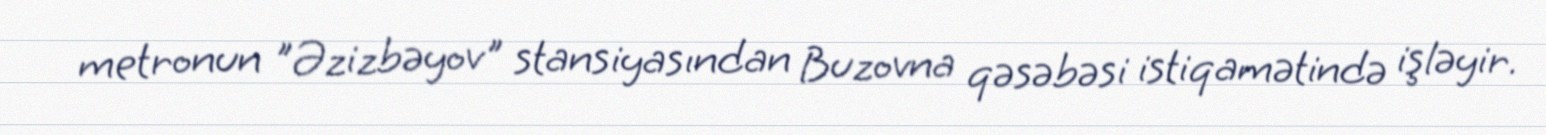
metronun "Əzizbəyov" stansiyasından Buzovna qəsəbəsi istiqamətində işləyir.